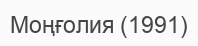
Моңғолия (1991)